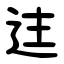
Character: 迬